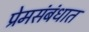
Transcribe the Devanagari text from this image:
प्रेमसंबंधात